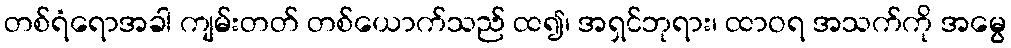
တစ်ရံရောအခါ ကျမ်းတတ် တစ်ယောက်သည် ထ၍၊ အရှင်ဘုရား၊ ထာဝရ အသက်ကို အမွေ